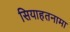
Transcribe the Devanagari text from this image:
सियाहतनामा